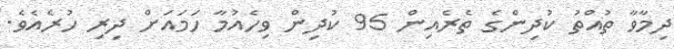
ދިމާވާ ތުއްތު ކުދިންގެ ތެރެއިން 95 ކުދިން ވިހެއުމާ ހަމައަށް ދިރި ހުރެއެވެ.